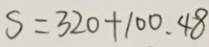
S = 3 2 0 + 1 0 0 . 4 8